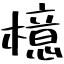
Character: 檍